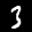
Label: 3